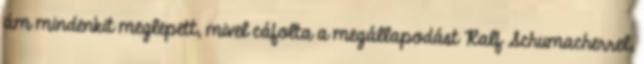
ám mindenkit meglepett, mivel cáfolta a megállapodást Ralf Schumacherrel,